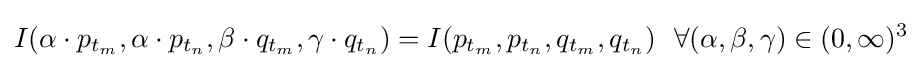
I(\alpha \cdot p_{t_{m}},\alpha \cdot p_{t_{n}},\beta \cdot q_{t_{m}},\gamma \cdot q_{t_{n}})=I(p_{t_{m}},p_{t_{n}},q_{t_{m}},q_{t_{n}})~~\forall (\alpha ,\beta ,\gamma )\in (0,\infty )^{3}